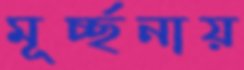
মূর্চ্ছনায়